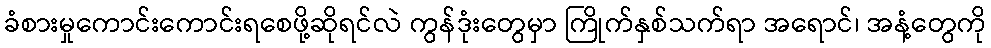
ခံစားမှုကောင်းကောင်းရစေဖို့ဆိုရင်လဲ ကွန်ဒုံးတွေမှာ ကြိုက်နှစ်သက်ရာ အရောင်၊ အနံ့တွေကို